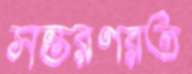
সন্তরণরত